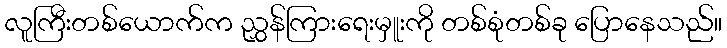
လူကြီးတစ်ယောက်က ညွှန်ကြားရေးမှူးကို တစ်စုံတစ်ခု ပြောနေသည်။